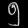
Digit: ၅